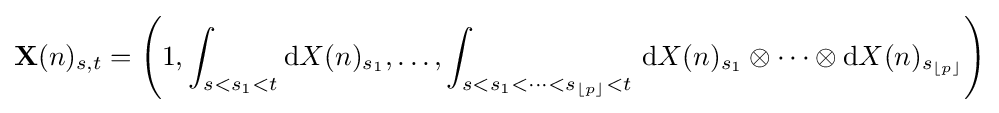
\mathbf {X} (n)_{s,t}=\left(1,\int _{s<s_{1}<t}\mathrm {d} X(n)_{s_{1}},\ldots ,\int _{s<s_{1}<\cdots <s_{\lfloor p\rfloor }<t}\,\mathrm {d} X(n)_{s_{1}}\otimes \cdots \otimes \mathrm {d} X(n)_{s_{\lfloor p\rfloor }}\right)